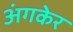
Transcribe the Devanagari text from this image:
अंगकेर